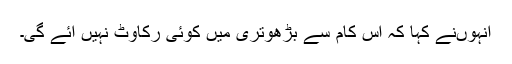
انہوںنے کہا کہ اس کام سے بڑھوتری میں کوئی رکاوٹ نہیں آئے گی۔